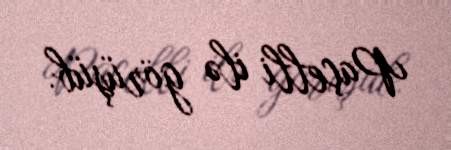
Paçelli ilə görüşüb.